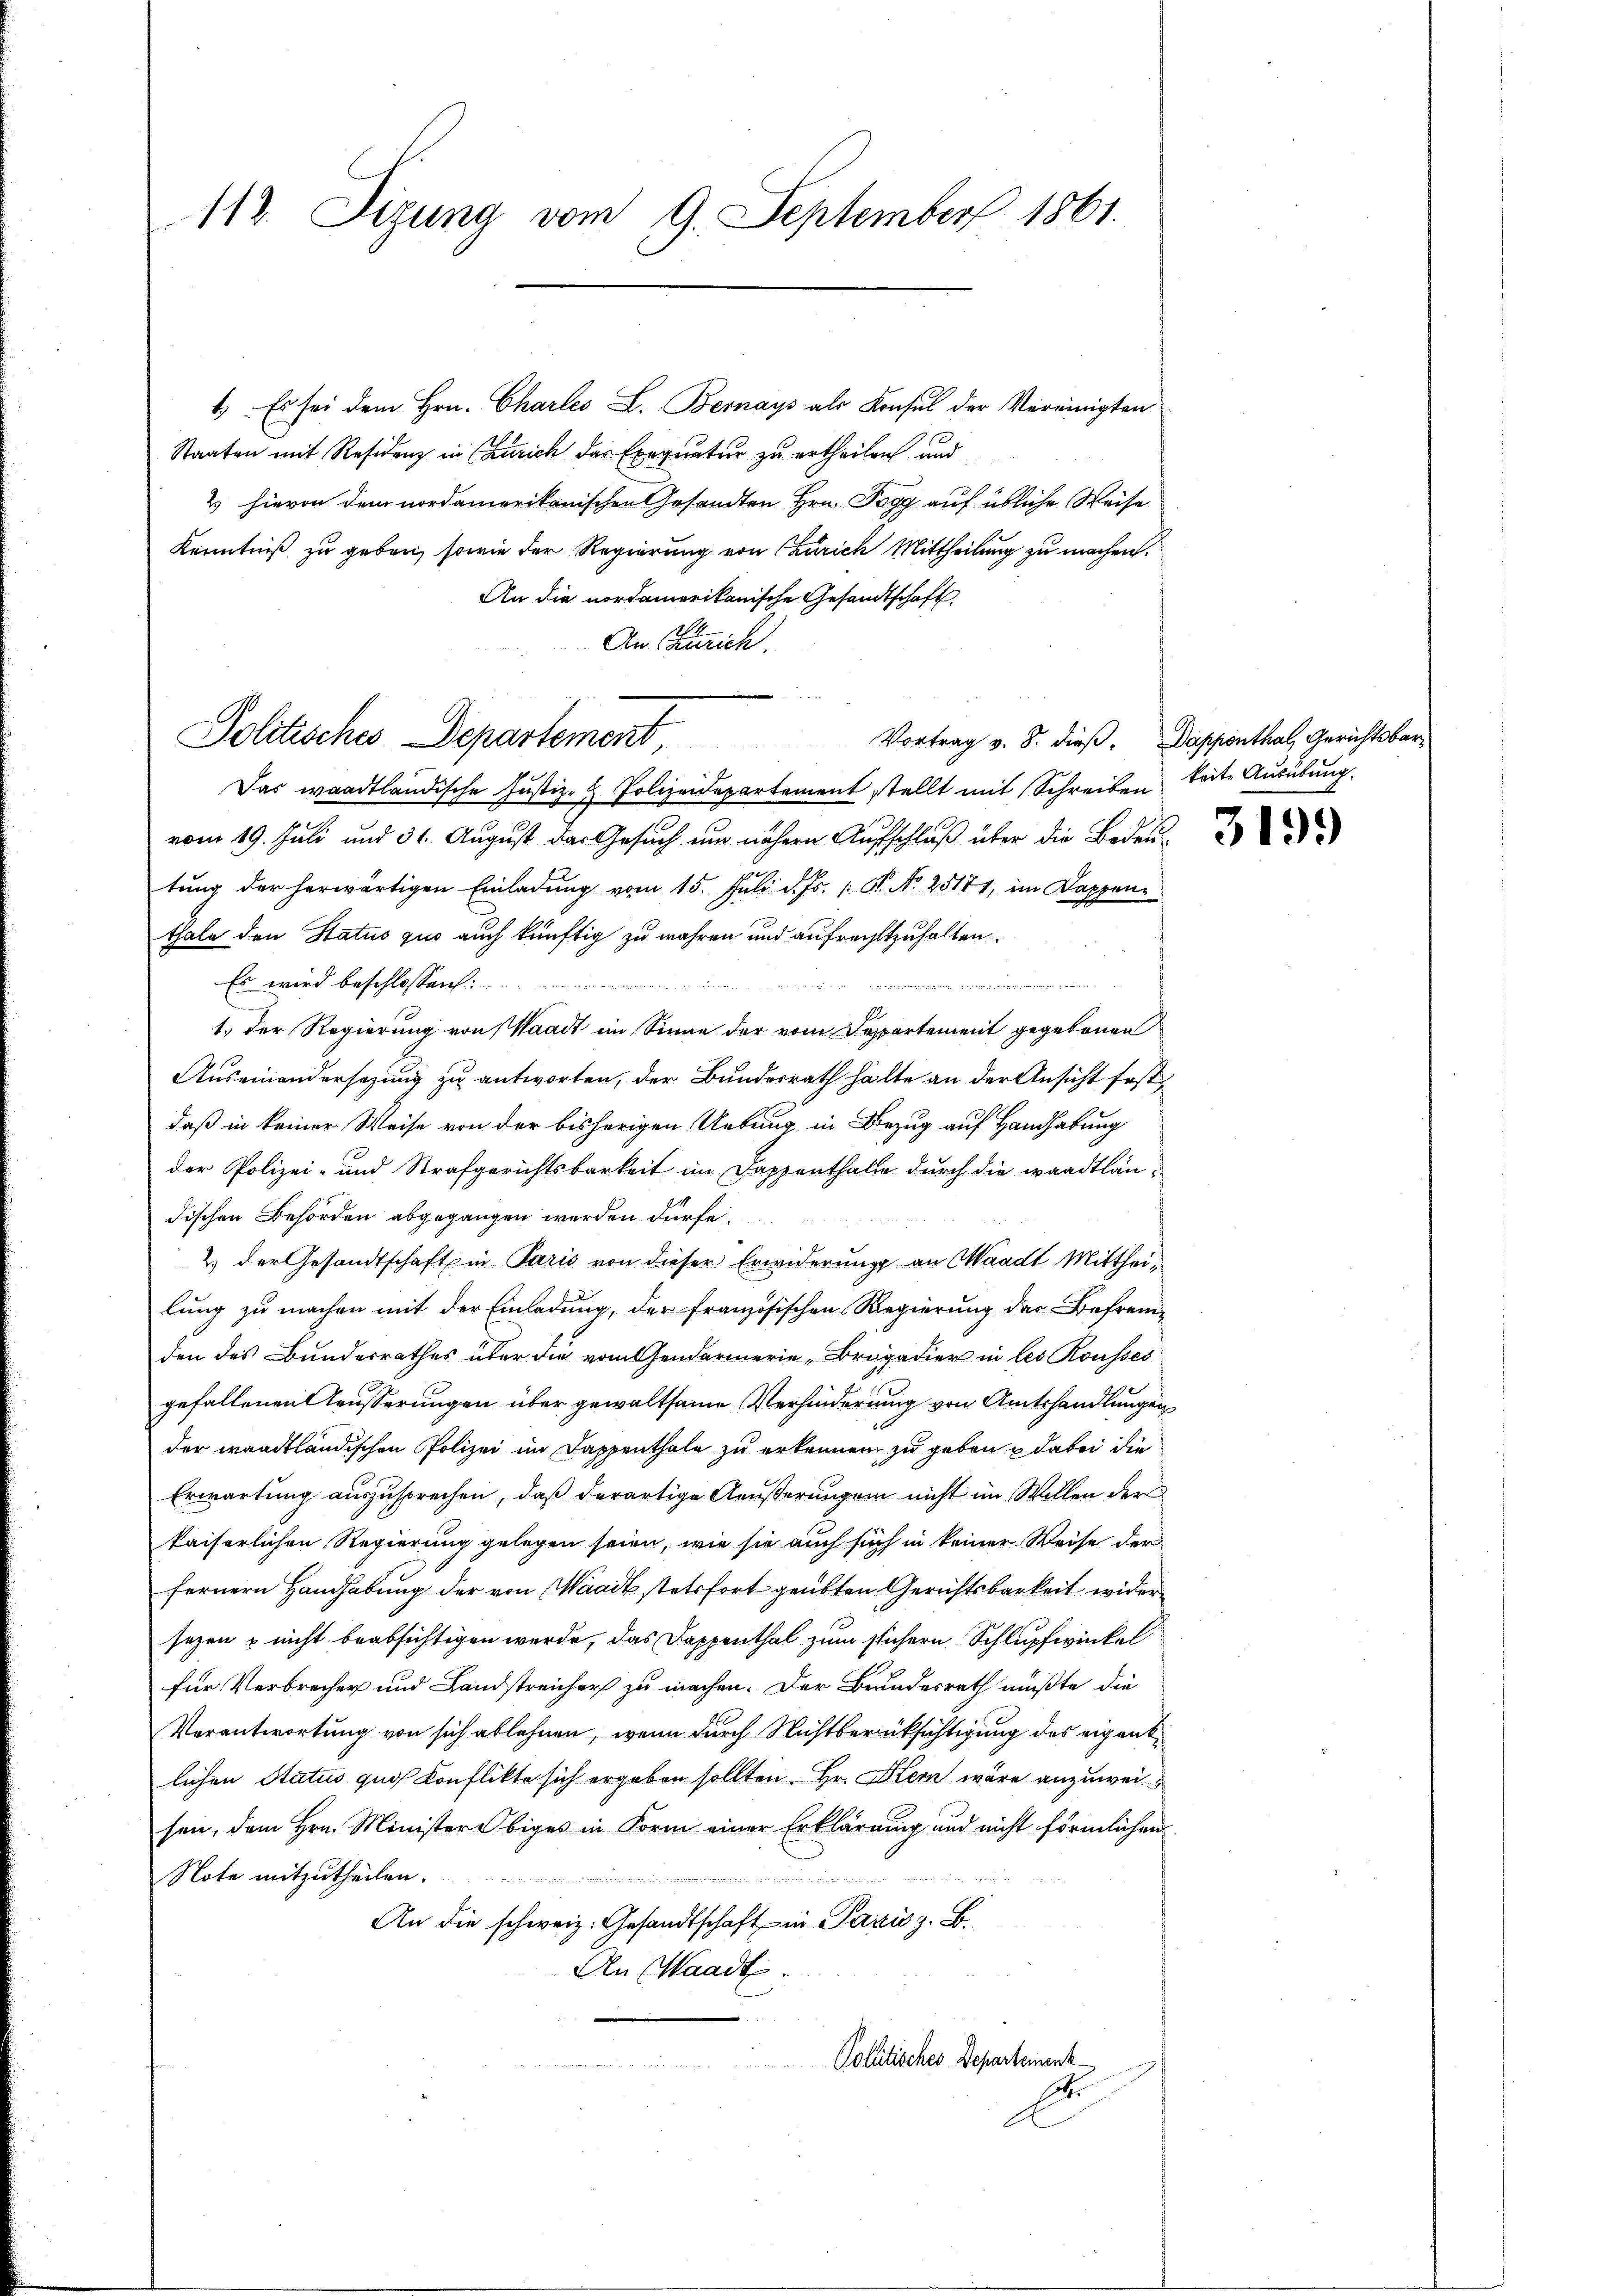
112. Sizung vom 9. September 1861.

4. Es sei dem Hrn. Charles L. Bernays als Konsul der Vereinigten
Staaten mit Residenz in Zürich das Exequatur zu ertheilen und
2 hievon dem nordamerikanischen Gesandten Hrn. Pogg auf übliche Weise
Kenntniß zu geben, sowie der Regierung von Zürich Mittheilung zu machen.
An die nordamerikanische Gesandtschaft
An Zürich.
Das waadtländische Justiz- & Polizeidepartement stellt mit Schreiben Seite Ausübung.
vom 19. Juli und 31. August das Gesuch um nähern Aufschluß über die Bedeutŭng der herwärtigen Einladŭng vom 15. Juli d. Js. 1. P. Nr. 25174, im Dappenz
thale den Status quo auch künftig zu wahren und aufrechtzuhalten.
Es wird beschlossen:
1.) Der Regierung von Waadt im Sinne der vom Departement gegebenen
Auseinandersezung zu antworten, der Bundesrath halte an der Ansicht festdaß in keiner Weise von der bisherigen Uebung in Bezug auf Handhabung
der Polizei- und Strafgerichtsbarkeit im Dappenthale durch die waadtländischen Behörden abgegangen werden dürfe.
2) der Gesandtschaft in Paris von dieser Erwiderung an Waadt Mittheilung zu machen mit der Einladung, der französischen Regierung der Befrem-
den des Bundesrathes über die vom Gendarmerie, Brigadier in les Rousses
gefallenen Aeusserungen über gewaltsame Verhinderung von Amtshandlungen
der waadtländischen Polizei im Dappenthale zu erkennen zu geben dabei die
Erwartung auszusprechen, daß derartige Aeußerungen nicht im Willen der
kaiserlichen Regierung gelegen seien, wie sie auch such in keiner Weise der
fernern Handhabung der von Waadt stetsfort geübten Gerichtsbarkeit wider
sezen u nicht beabsichtigen wurde, das Dappenthal zum sichern Schlupfwinkel
für Verbrecher und Landstreicher zu machen. Der Brundesrath mußte die
Verantwortung von sich ablehnen, wenn durch Nichtberücksichtigung des eigentlichen Status quos Konflikte sich ergeben sollten. Hr. Hern wäre anzuweisen, dem Hrn. Minister obiges in Form einer Erklärung und nicht förmlichen
Note mitzutheilen.
An die schweiz. Gesandtschaft in Pazić z. B.
An Waadt.
Politisches Departement
A

Politisches Departement

Vortrag v. 8. dieß. Dappenthal, Gerichtsbar

3199